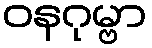
ဝနဂုမ္ဗာ